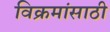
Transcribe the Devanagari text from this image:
विक्रमांसाठी